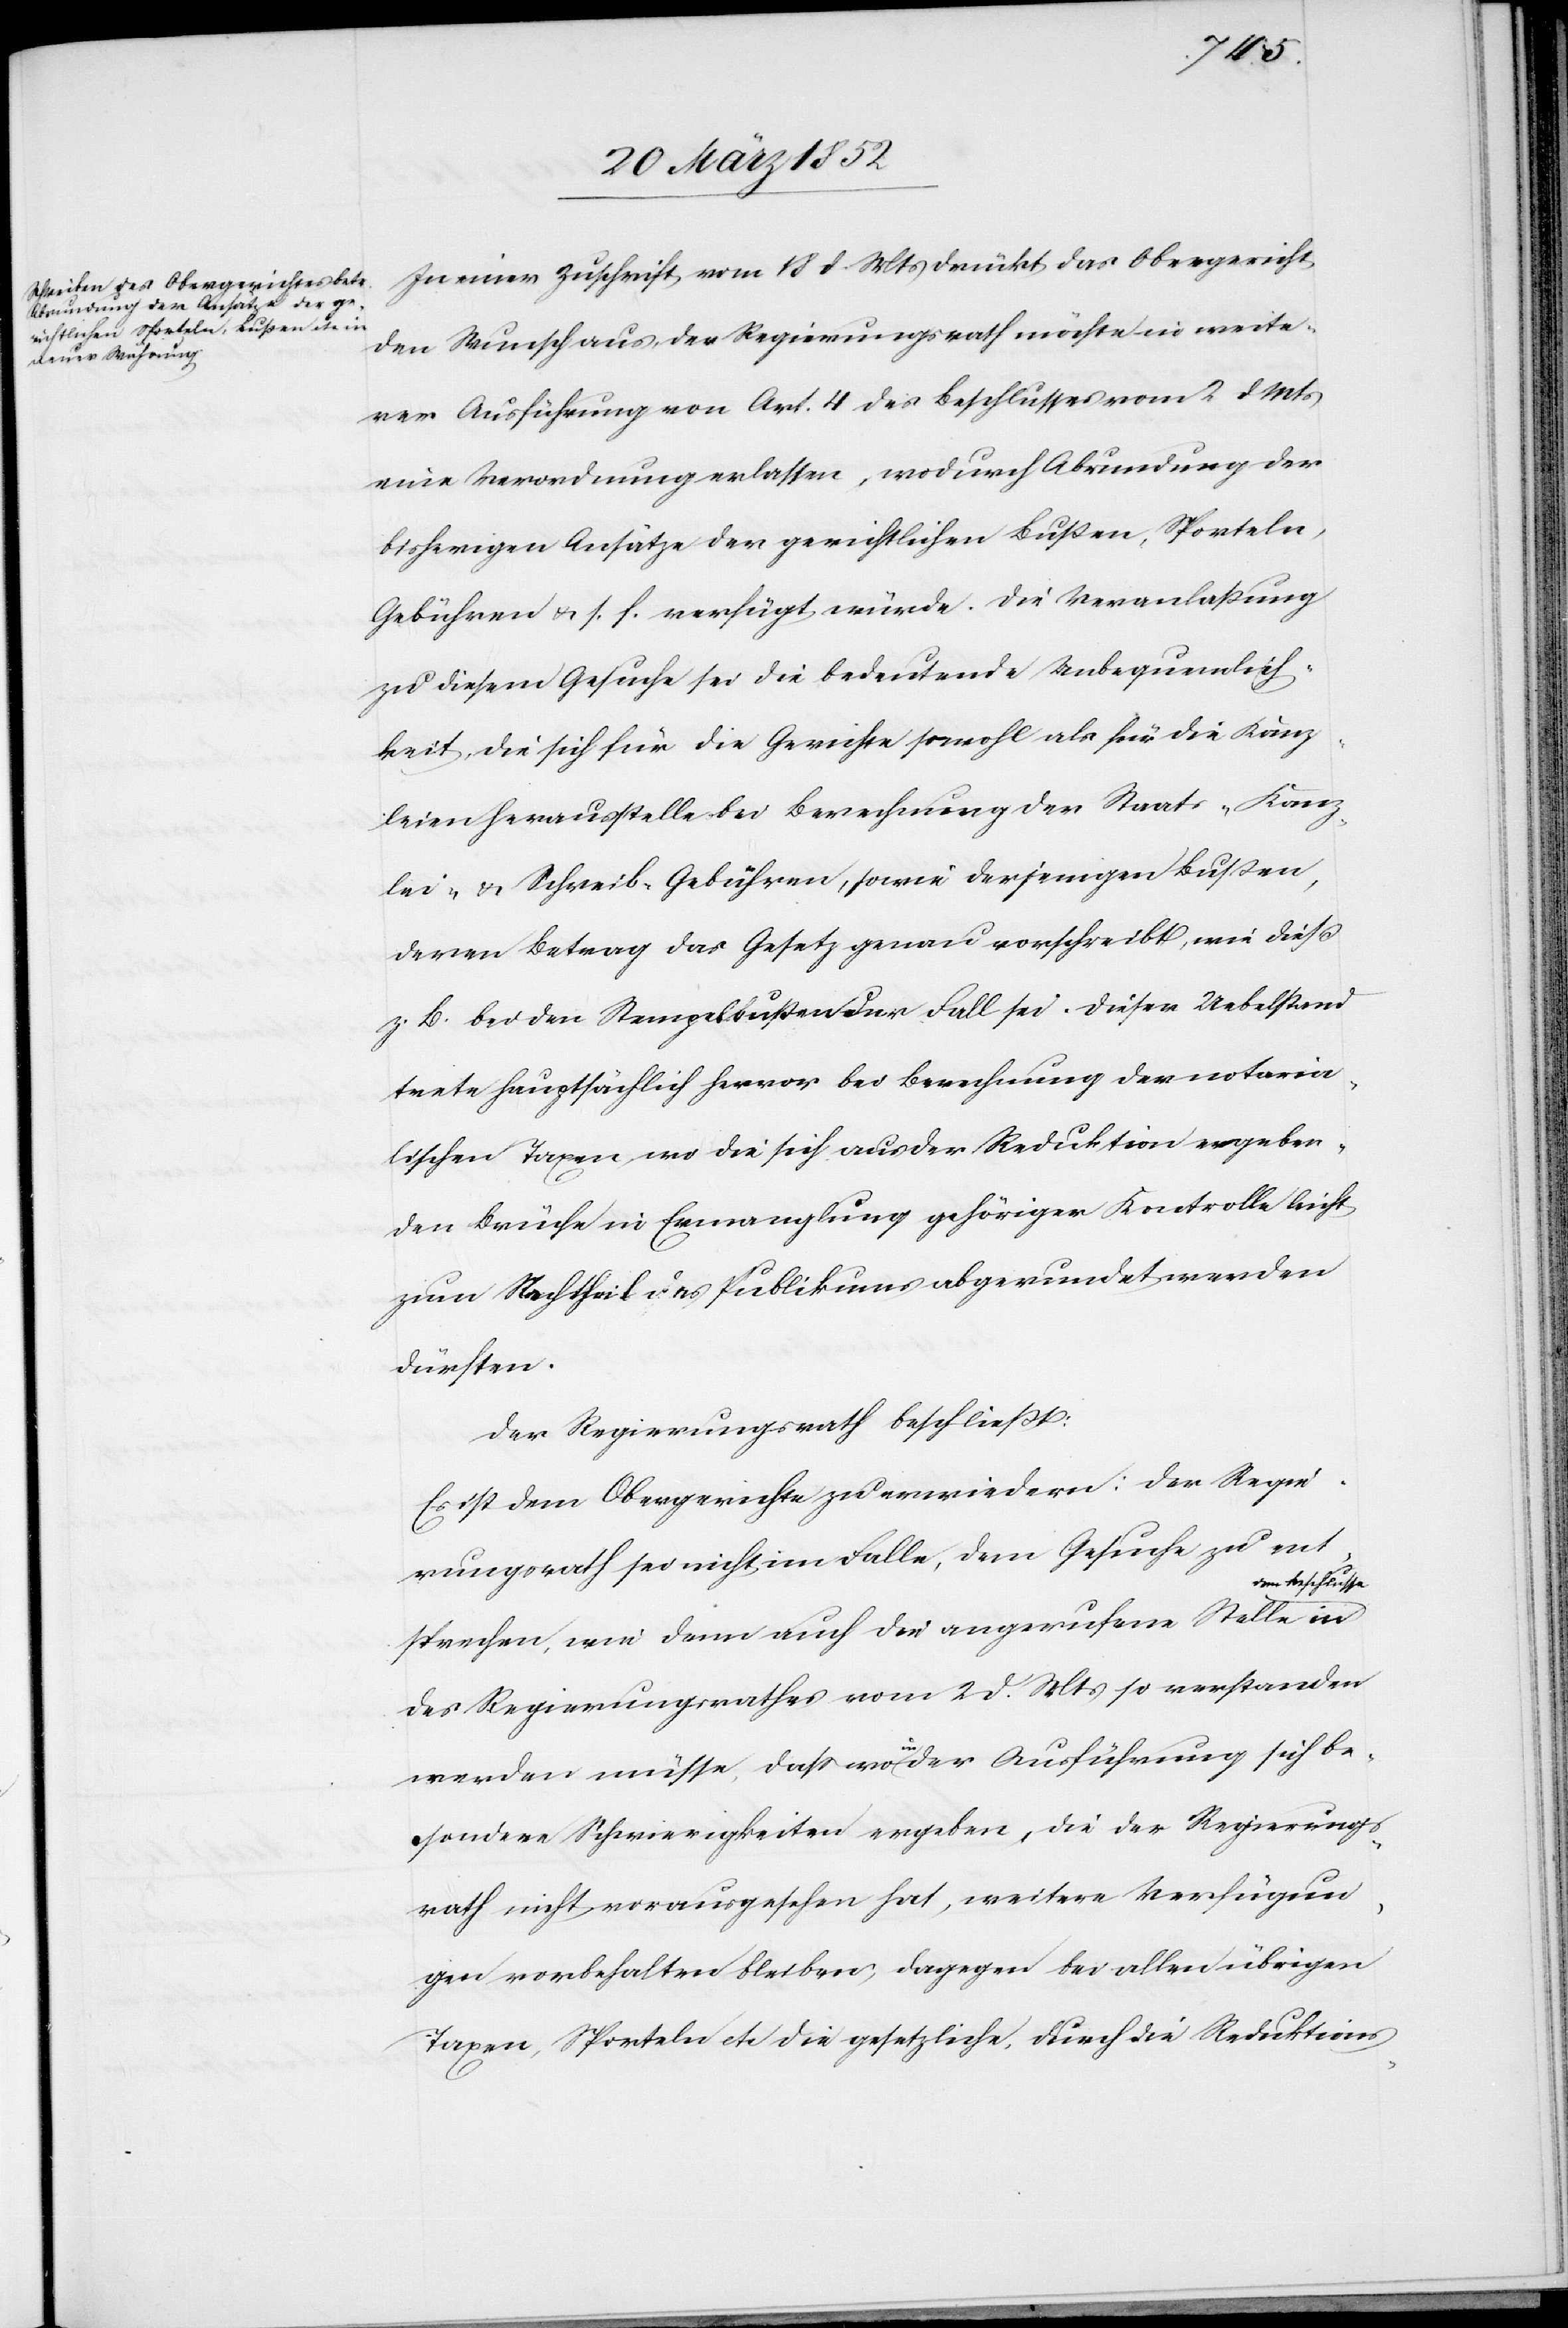
In einer Zuschrift vom 18 d. Mts drückt das Obergericht
den Wunsch aus, der Regierungsrath möchte in weite¬
rer Ausführung von Art. 4 des Beschlusses vom 2 d. Mts
eine Verordnung erlassen, wodurch Abrundung der
bisherigen Ansätze der gerichtlichen Bußen, Sporteln,
Gebühren u. s. f. verfügt würde. Die Veranlaßung
zu diesem Gesuche sei die bedeutende Unbequemlich¬
keit, die sich für die Gerichte sowohl als für die Kanz¬
leien herausstelle bei Berechnung der Staats- Kanz¬
lei u. Schreib-Gebühren, sowie derjenigen Bußen,
deren Betrag das Gesetz genau vorschreibt, wie dieß
z. B. bei den Stempelbußen der Fall sei. Dieser Uebelstand
trete hauptsächlich hervor bei Berechnung der notaria¬
lischen Taxen, wo die sich aus der Reduktion ergeben¬
den Brüche in Ermanglung gehöriger Kontrolle leicht
zum Nachtheil des Publikums abgerundet werden
dürften.
Der Regierungsrath beschließt:
Es ist dem Obergerichte zu erwiedern: Der Regie¬
rungsrath sei nicht im Falle, dem Gesuche zu ent¬
dem Beschlusse
sprechen, wie denn auch die angerufene Stelle in
des Regierungsrathes vom 2 d. Mts so verstanden
werden müsse, daß wo in der Ausführung sich be¬
sondere Schwierigkeiten ergeben, die der Regierungs¬
rath nicht vorausgesehen hat, weitere Verfügun¬
gen vorbehalten bleiben, dagegen bei allen übrigen
Taxen, Sporteln etc die gesetzliche, durch die Reduktions-